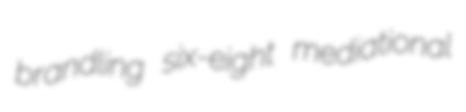
brandling six-eight mediational